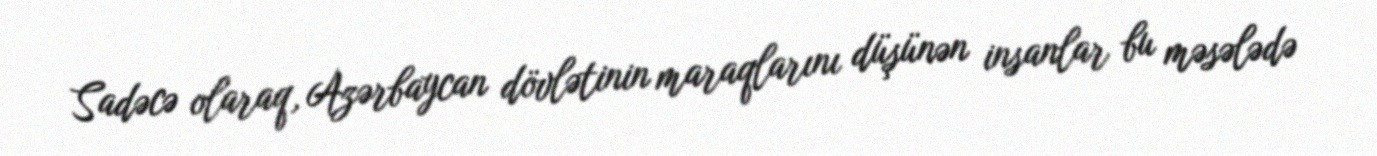
Sadəcə olaraq, Azərbaycan dövlətinin maraqlarını düşünən insanlar bu məsələdə